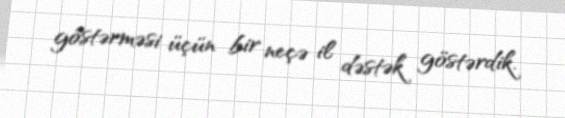
göstərməsi üçün bir neçə il dəstək göstərdik.